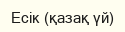
Есік (қазақ үй)